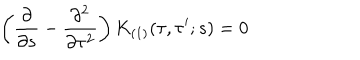
LaTeX: \left( \frac { \partial } { \partial s } - \frac { \partial ^ { 2 } } { \partial \tau ^ { 2 } } \right) K _ { ( 1 ) } ( \tau , \tau ^ { \prime } ; s ) = 0